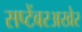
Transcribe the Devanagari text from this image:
सप्टेंबरअखेर